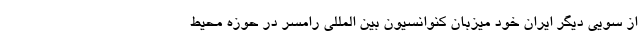
از سویی دیگر ایران خود میزبان کنوانسیون بین المللی رامسر در حوزه محیط